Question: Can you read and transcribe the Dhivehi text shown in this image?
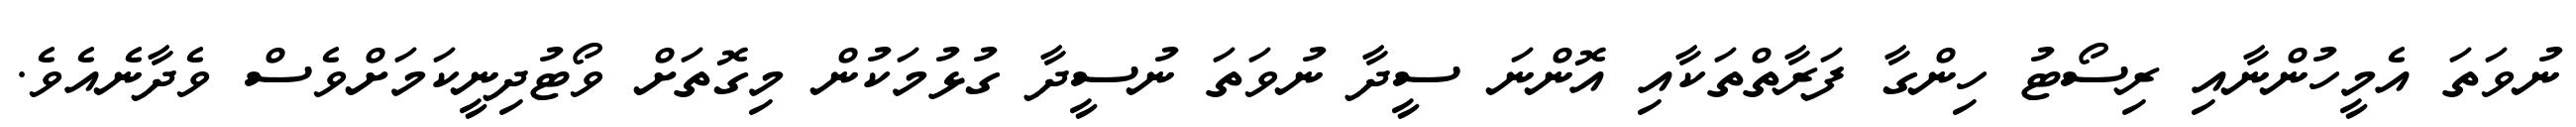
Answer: ނުވަތަ އެމީހުންނާއި ރިސޯޓު ހިންގާ ފަރާތްތަކާއި އޮންނަ ސީދާ ނުވަތަ ނުސީދާ ގުޅުމަކުން މިގޮތަށް ވޯޓުދިނީކަމަށްވެސް ވެދާނެއެވެ.